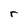
Character: r